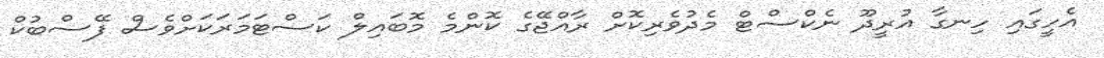
އެހީގައި ހިނގާ އުރީދޫ ނެކްސްޓް މެދުވެރިކޮށް ރާއްޖޭގެ ކޮންމެ މޮބައިލް ކަސްޓަމަރަކަށްވެސް ފޭސްބުކް